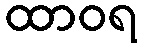
ထာဝရ